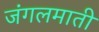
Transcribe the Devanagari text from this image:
जंगलमाती